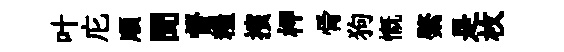
叶庀順聞督糧擯柙骨狗慨綮是枚